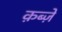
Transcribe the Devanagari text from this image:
क़ब्जे़